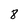
Character: 8